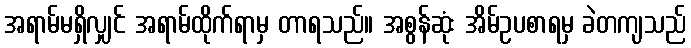
အရာမ်မရှိလျှင် အရာမ်ထိုက်ရာမှ တာရသည်။ အစွန်ဆုံး အိမ်ဥပစာရမှ ခဲတကျသည်